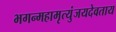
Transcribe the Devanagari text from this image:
भगन्महामृत्युंजयदेवताय